Bréfritari: Sigurður Benediktsson
Viðtakandi: Halldór Jónsson
Dagsetning: A-1852-11-11
Skrifað á: Stóra-Vatnsskarð  Skag.

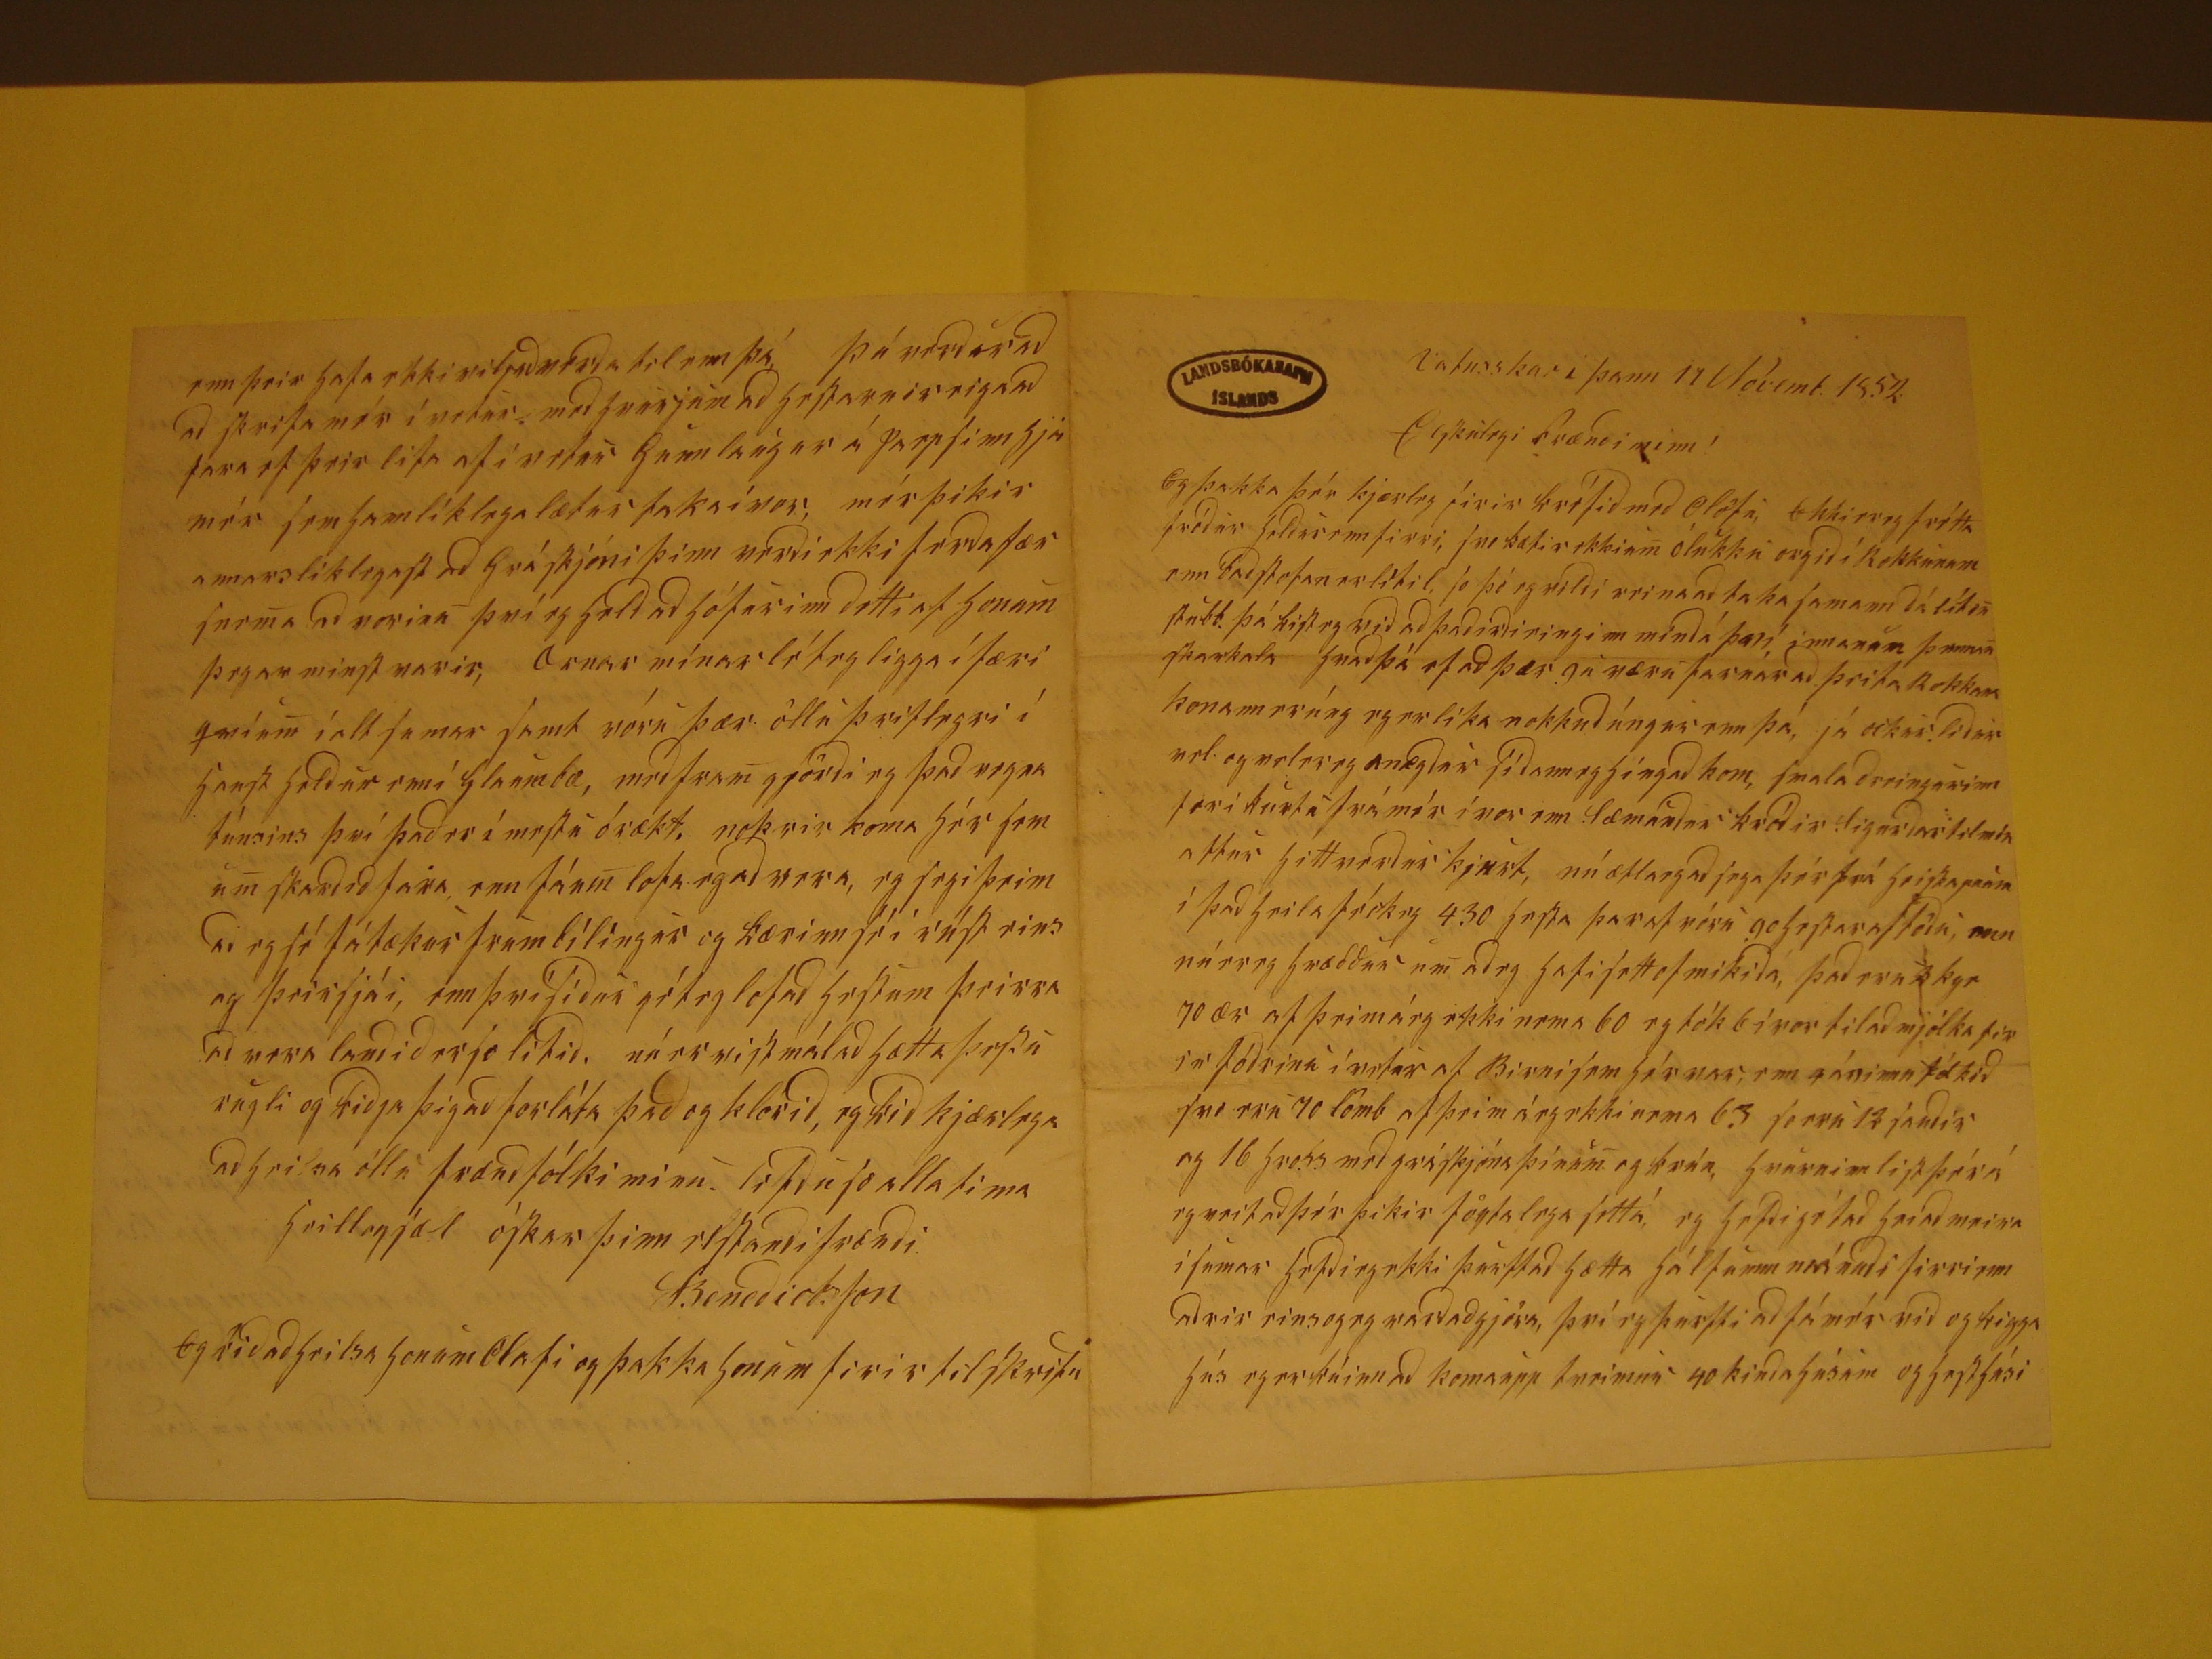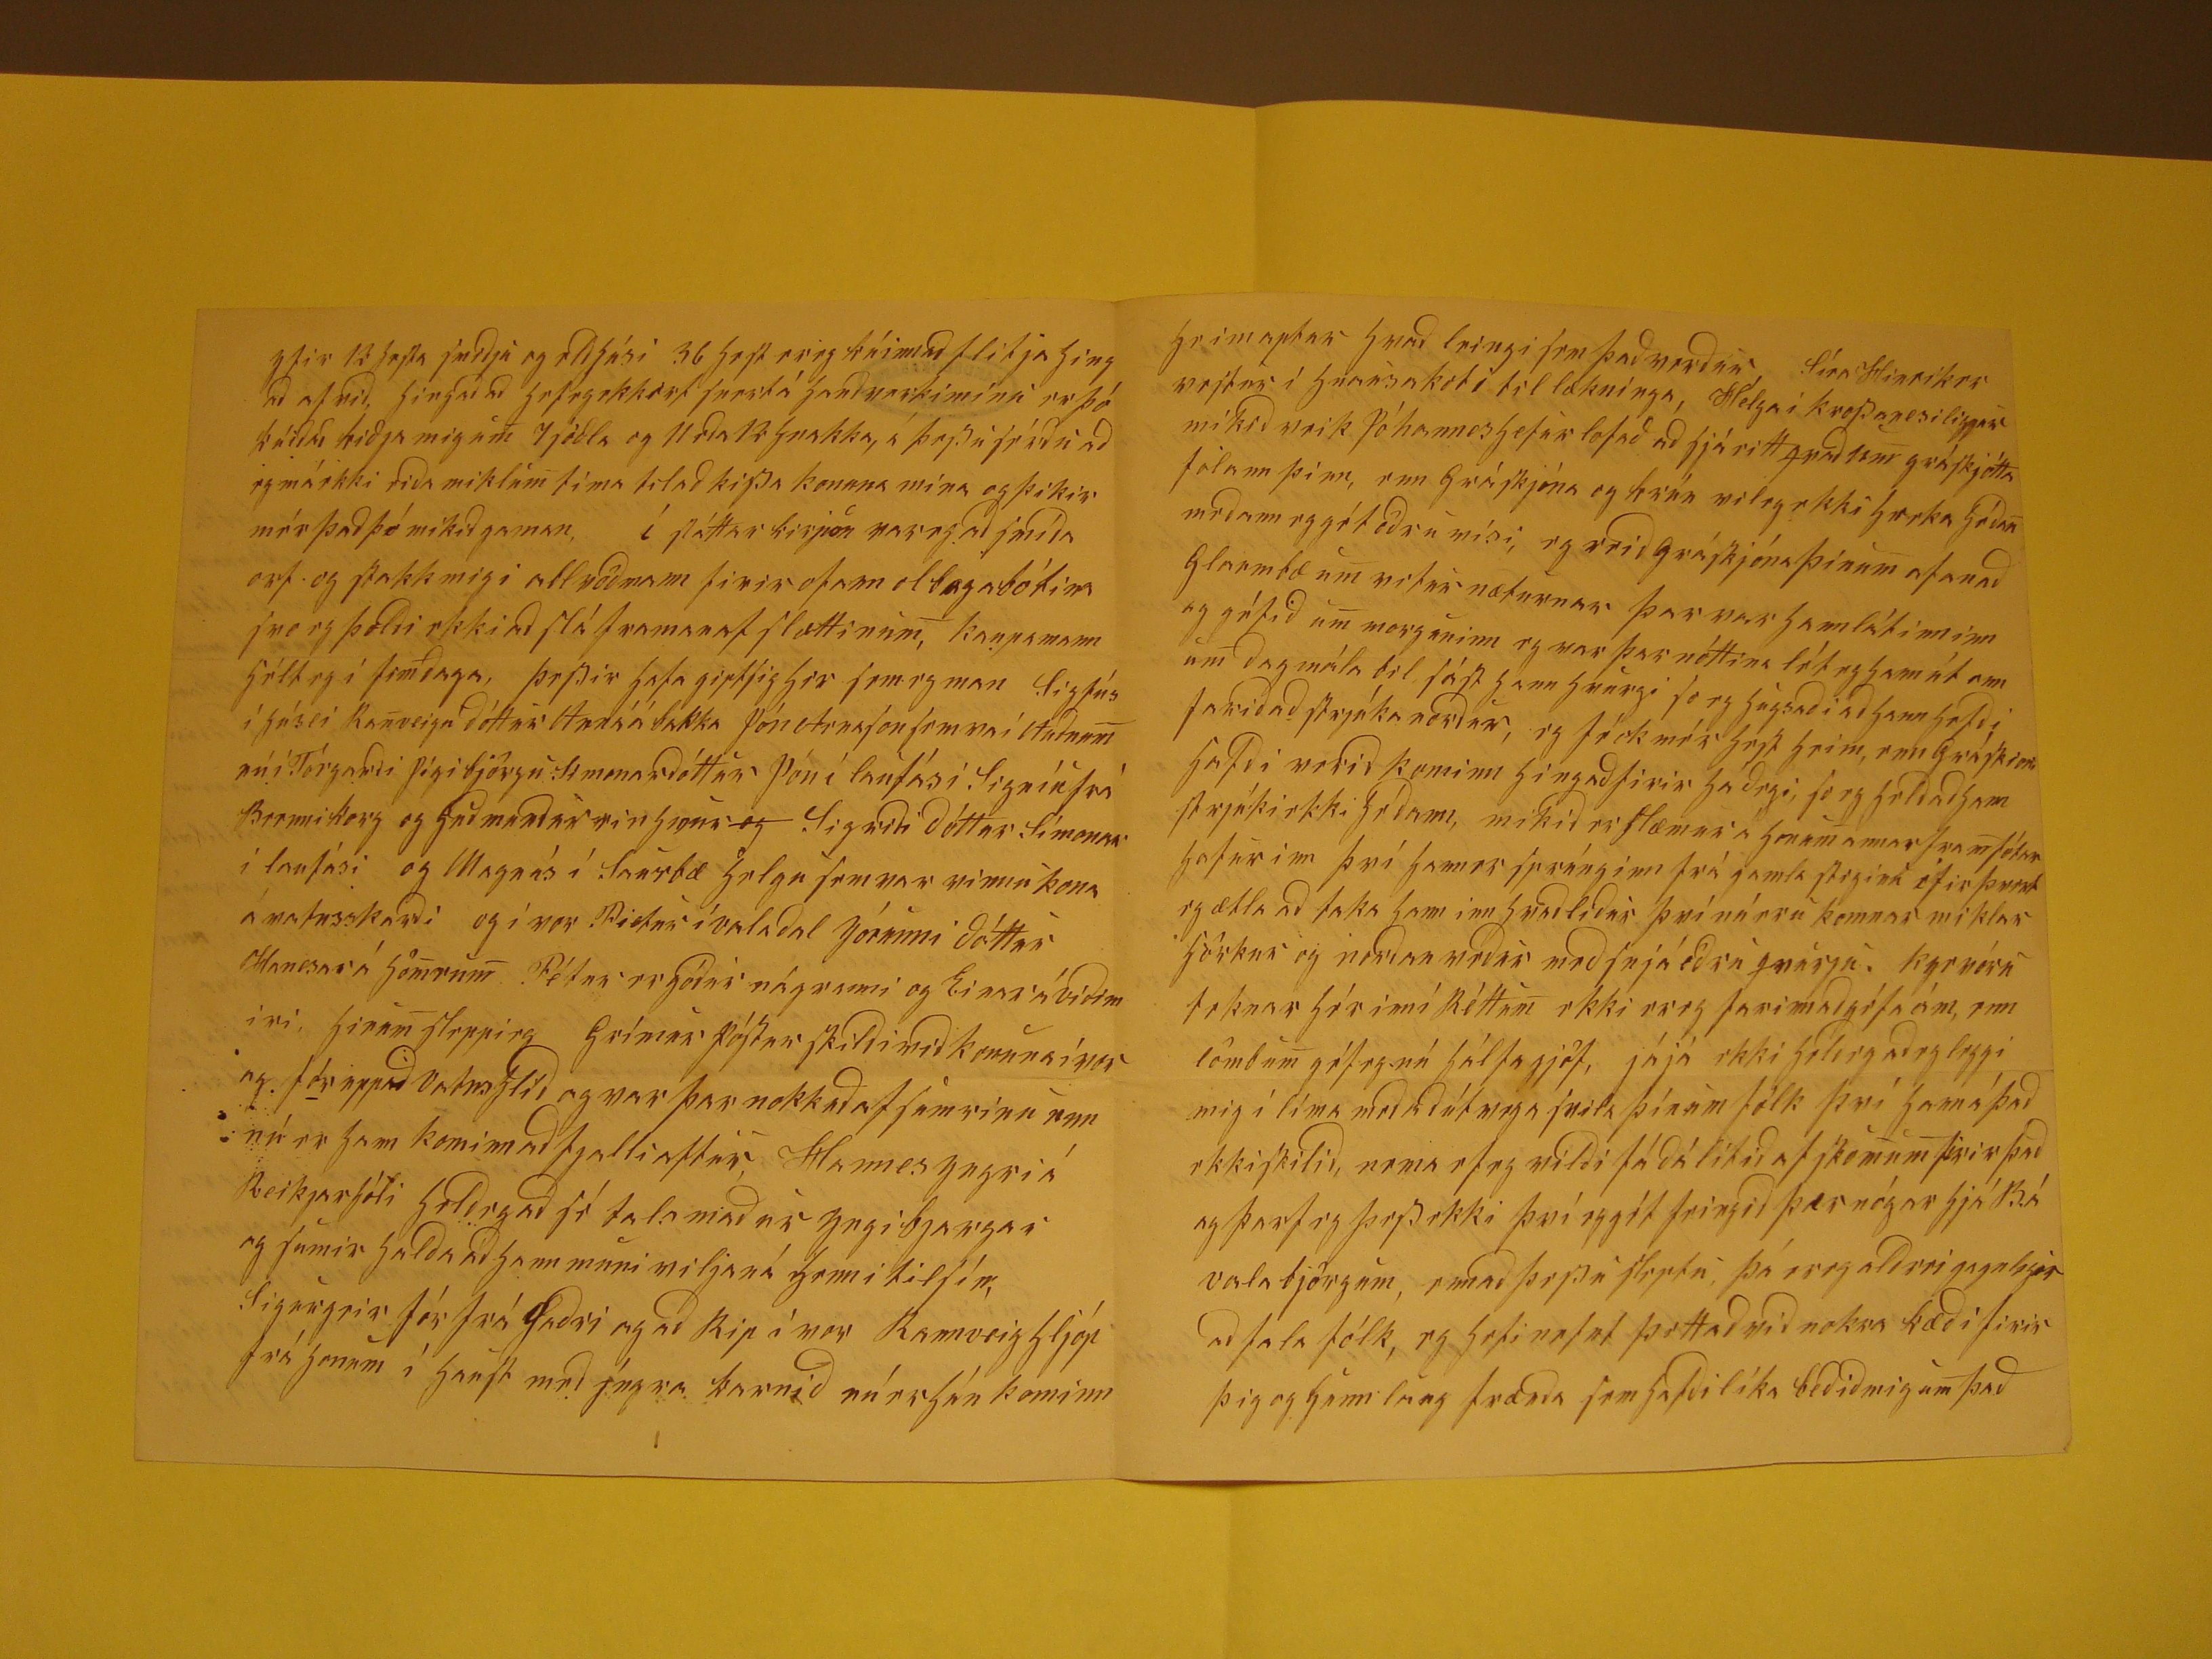

Vatnsskari þann 11 Nóvemb. 1852
Elskulegi
frændi minn!
Eg þakka þér kjærlega firir krífið með Olöfu, Ekki er eg frétta fróður
heldur enn
fyrri,
fnobætir ekki um
ólukku
orgið í Rokkunum enn baðstofan er lítil, so þó eg vildi reinand taka samann dálítin
?ubb
. þá kist eg við að það irði einginn mindí þan, innanum
þennan
skaukata hnad
þá of að þær gá nærri farnárað þrifa Rokkana konann er úng eg er líka nokkuð úngur enn þá, já
okur.líður
vel og vel er eg ánægður síðann eg híngað kom, smaladreingurinn for í kúrta frá mér í vor enn Sæmundur króðir Sigurðar tilmín aftur hitt verður kjurt,
nú ætla eg að sega þér frá
hrikapaun
í það heila frísk og 4.30
hrpa þarst vóru goseparastóðu
en nú er eg hræddur um að eg
hafi sett of mikiði, það er
ukkyr
70 ær af þrimárg ekki nema 60 eg tók 6 í vor til að mjólka firir fóðrinu í vetur af Birni sem hírnar, enn
?áninn u fólkið svo eru 70 lömb af þrim árg ekki nema 63 so eru 12 sandir og 16 hross með grískjíns þínum og krún,
hvúrninn lik
þér í eg veit að þér þikir
fó?talega
fetta, eg hefði getað heiað meira í sumar hefði eg ekki þurftað hætta hálfannn mánuði firri enn aðrir einsogeg
varðaðgjöra, því eg þurfti að fá mér við og kigga hús eg er kúinn að komaupp tveimum 40 kindahúsum og hesthúsi
yfir 13 hesta smiðju og eldhúsi 36 hest ereg kúinn að flitja hingað af við, hingað að hefegekkert svertá handverkimínu er þó kúiðað kiðja mig um 7 sódla og 11
eða 12 hnakka, á þesu sérðu að eg má ekki eiða miklum tíma til að kisa konuna mína og þikir mér það þó mikið gaman, í sáttar
kirpon
var eg að
smíða orf og stakk mig í abl vóðvann firir ofann olbogabótina svo eg þoldi ekki að slá framanaf slættinum, kaupamann hélt eg í fimdaga, þesir hafa giptsig her semeg
man Sigfús í
hú?li
Ranveigu dóttur Anna á bakka Jón Arnason
fem vaí Auðnum
nú í Tórgarði Jógi björvu
stmanardóttir Jón í laufási Signíu frá Bernnikorg og Guðmundur vin
honi
og
Sigriði
dóttur Símonar í laufási og Magnús í Saurbæ helgu femnar vinur konu á vatnsskarði og í vor. Pitur í valadal Jórunni dóttur Hannesar á Homrum Pétur er góður
nágranni og Einar á viðim iri, hirum sleppieg Grímur Jósev Skipdi við konuna í vor og fór uppað Vatnshlíð og var þar nokkuðaf sumrinu enn nú er Hann kominn að
fjalli aftur Hannes yngri á Reykjarhóli heldegað sé
fala
maður yngibjargar og sumir halda að hann muni viljaná henni til sín; Sigurgeir fór
frá
Guðri
ag að Rip í vor Rannveig hljóp frá honum í harst með yngra karnið nú er hún kominn
heim aptur hvað leingi sem það verður Síra Hinriker vejtur í hvaria kóti til lækninga, Helga í krosanesi liggur mikið veik Jóhannes hefur lofað að sjá eitt hvað sem
gráskjótta folann þinn, enn Gráskjóna og
hrún
vileg ekki hreka héðan meðann eg gét öðru vísi, eg veid gráskjóna þinum afanað Glarmbæ um vitur
næturnar þar var hann látinn inn um dag mála bil sást hann hvurgi so eg hugsaði að hann hefði farið að strjúka norður, eg fék mér hest heim, enn Gráskjóni hafði
verið kominn hingað firir ha degi so eg heldað hann strjúki ekki héðann, mikið er slæmur á honum annar framfótur hafur inn því hann er sprúnginn frá gamla steginu
ifir
þurvt
eg ætla að taka hann inn hvað liður því nú eru komnar miklar hörkur og norðan veður með snjá öðru hvarju.
kvevórn
seknar hér inní Réttim ekki ereg farinn að géta um, enn lömbum géf eg nú hálfa gjöf, jájá ekki heldeg að eg leggi mig í líma með að útvega svita þínum
fólk því hann á það ekki skilið, nema ef eg vildi fá dálítið af skömum firir það ag þarf eg þes ekki því rygtt feingið þær nógar hjá Bá Vala björgum, ennað þesu sleptu,
þá ereg aldrei gagnlasir að fala fólk, eg hefi nefnt þettað við nokra kæði firir þig og Gunnlaug frænda sem hafði líka beðið mig um það
enn þrír hafa ekki viljað veiða til enn þá, þú verður að að skrifa mér í vetur. með hverjum að hestarnir eigaað fara ef þeir lifa af í vetur Gunnlaugur á Jarpsinn hjá
mér sem hann lílega lætur taka í vor, mér þikir annars líklegast að Gráskjóni þinn verði ekki ferðafær snema að vorinu því eg held að hófurinn detti af honum þegar
minst varir, Ærnar mínar léteg ligga í færi
9mánm
í alt sumar samt vóru þær öllu þriflegri í haust heldur enn í Glaumbæ, með fram gjörði eg það
vegna túnsins því það er í mestu órækt. nokrir koma hér sem um skarðið fara enn fáum lofa eg að vera, eg segi þeim að eg sé fátækur frambílíngur og kærinn sé í
rust eins og þeir sjái, enn því síður géteg lofað hestum þeirra að vera landið er so lítið, nú er vist mál að hætta þesu rugli og biðja þig að forláta það og klorið,
eg bið kjærlega að heilsa öllu frænd fólki mínu.
lífdu sæ alla tima heillagjæl
óskar þinn elskandi frændi
Bendictson
Eg bið að heilsa honum Olafi og þakka honum firir tilskrifu